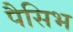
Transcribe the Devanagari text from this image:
पैसिभ